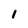
Character: l